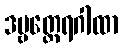
ဒဗ္ဗတ္ထေရဂါထာ